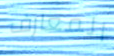
المعارف